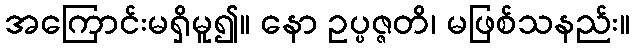
အကြောင်းမရှိမူ၍။ နော ဥပ္ပဇ္ဇတိ၊ မဖြစ်သနည်း။